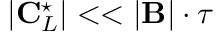
| \mathbf { C } _ { L } ^ { \star } | < < | \mathbf { B } | \cdot \tau